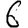
Digit: 6